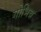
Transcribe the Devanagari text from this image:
गोभिन्न